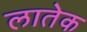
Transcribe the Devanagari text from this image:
लातेक